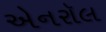
એનરૉલ